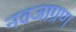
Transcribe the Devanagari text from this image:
नवजाग्रण